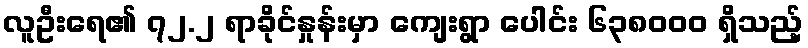
လူဦးရေ၏ ၇၂.၂ ရာခိုင်နှုန်းမှာ ကျေးရွာ ပေါင်း ၆၃၈၀၀၀ ရှိသည့်